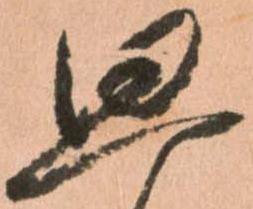
思